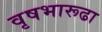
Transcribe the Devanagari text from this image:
वृषभारूढा